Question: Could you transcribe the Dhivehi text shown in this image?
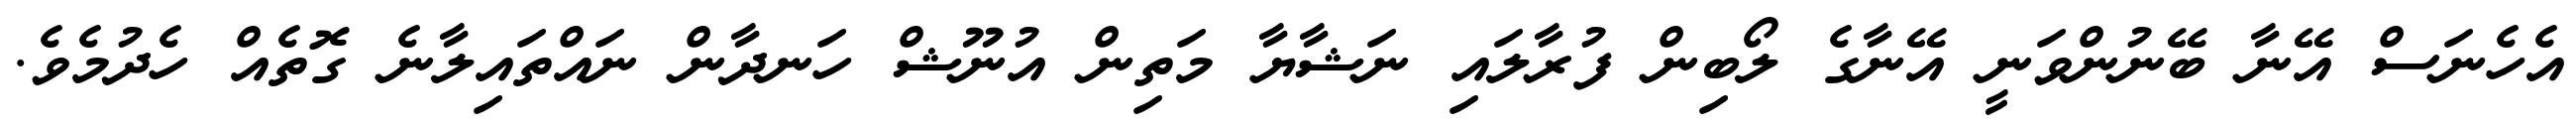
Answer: އެހެނަސް އޭނާ ބޭނުންވަނީ އޭނާގެ ލޯބިން ފުރާލައި ނަޝާޔާ މަތިން އުނޫޝް ހަނދާން ނައްތައިލާނެ ގޮތެއް ހެދުމެވެ.